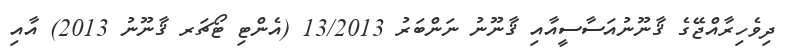
ދިވެހިރާއްޖޭގެ ޤާނޫނުއަސާސީއާއި ޤާނޫނު ނަންބަރު 13/2013 (އެންޓި ޓޯޗަރ ޤާނޫނު 2013) އާއި